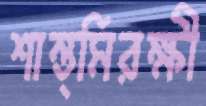
শান্ত্মিরক্ষী